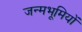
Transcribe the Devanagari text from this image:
जन्मभूमियों